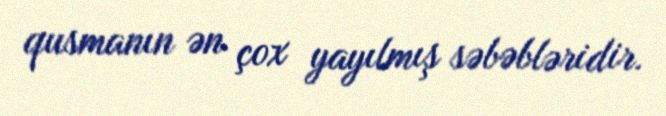
qusmanın ən çox yayılmış səbəbləridir.